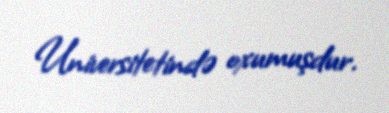
Universitetində oxumuşdur.